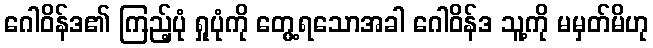
ဂေါဝိန်ဒ၏ ကြည့်ပုံ ရှုပုံကို တွေ့ရသောအခါ ဂေါဝိန်ဒ သူ့ကို မမှတ်မိဟု